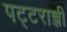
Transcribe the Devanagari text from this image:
पट्टराज्ञी